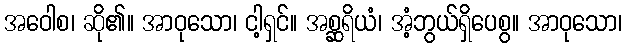
အဝေါစ၊ ဆို၏။ အာဝုသော၊ ငါ့ရှင်။ အစ္ဆရိယံ၊ အံ့ဘွယ်ရှိပေစွ။ အာဝုသော၊